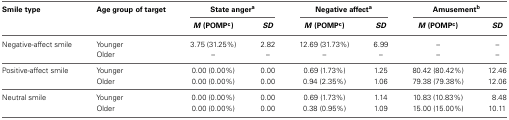
| Smile type | Age group of target | <COLSPAN=2> State angera | <COLSPAN=2> Negative affecta | <COLSPAN=2> Amusementb |
 |  |  | M (POMPc) | SD | M (POMPc) | SD | M (POMPc) | SD |
 | --- | --- | --- | --- | --- | --- | --- | --- |
 | Negative-affect smile | Younger | 3.75 (31.25%) | 2.82 | 12.69 (31.73%) | 6.99 | – | – |
 |  | Older | – | – | – | – | – | – |
 | Positive-affect smile | Younger | 0.00 (0.00%) | 0.00 | 0.69 (1.73%) | 1.25 | 80.42 (80.42%) | 12.46 |
 |  | Older | 0.00 (0.00%) | 0.00 | 0.94 (2.35%) | 1.06 | 79.38 (79.38%) | 12.06 |
 | Neutral smile | Younger | 0.00 (0.00%) | 0.00 | 0.69 (1.73%) | 1.14 | 10.83 (10.83%) | 8.48 |
 |  | Older | 0.00 (0.00%) | 0.00 | 0.38 (0.95%) | 1.09 | 15.00 (15.00%) | 10.11 |